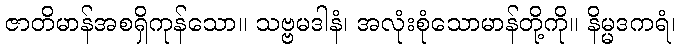
ဇာတိမာန်အစရှိကုန်သော။ သဗ္ဗမဒါနံ၊ အလုံးစုံသောမာန်တို့ကို။ နိမ္မဒကရံ၊